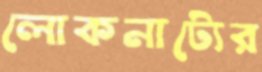
লোকনাট্যের